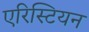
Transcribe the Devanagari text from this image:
एरिस्टियन